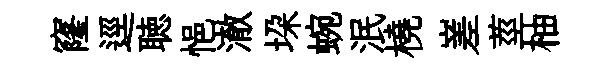
窿逕聴悒澈垜蜿泯橈嵳莖柚